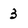
Character: 3